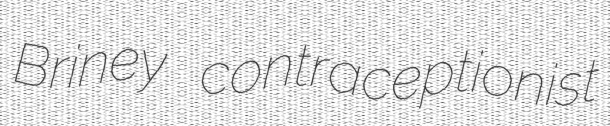
Briney contraceptionist